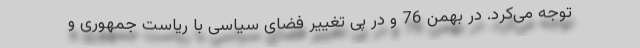
توجه می‌کرد. در بهمن 76 و در پی تغییر فضای سیاسی با ریاست جمهوری و